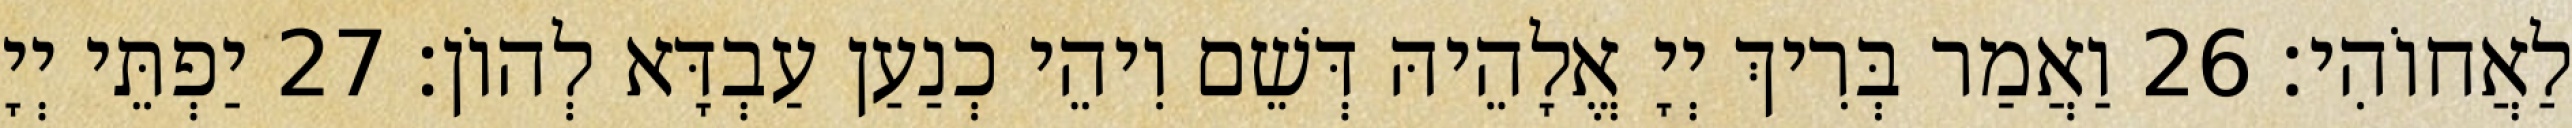
לַאֲחוֹהִי׃ 26 וַאֲמַר בְּרִיךְ יְיָ אֱלָהֵיהּ דְּשֵׁם וִיהֵי כְנַעַן עַבְדָּא לְהוֹן׃ 27 יַפְתֵּי יְיָ